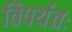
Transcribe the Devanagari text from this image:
विपर्यतः